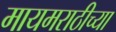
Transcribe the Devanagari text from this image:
मायमराठीच्या